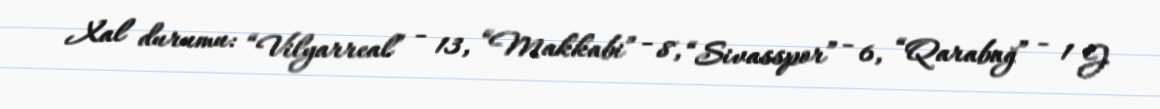
Xal durumu: “Vilyarreal” - 13, “Makkabi” - 8, “Sivasspor” - 6, “Qarabağ” - 1 J